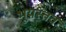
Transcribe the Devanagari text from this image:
भूयस्तव